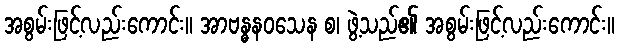
အစွမ်းဖြင့်လည်းကောင်း။ အာဗန္ဓနဝသေန စ၊ ဖွဲ့သည်၏ အစွမ်းဖြင့်လည်းကောင်း။